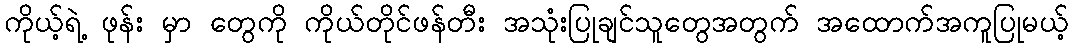
ကိုယ့်ရဲ့ ဖုန်း မှာ တွေကို ကိုယ်တိုင်ဖန်တီး အသုံးပြုချင်သူတွေအတွက် အထောက်အကူပြုမယ့်